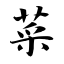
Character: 菜